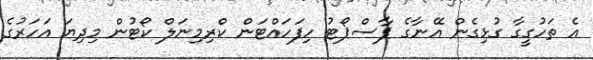
އެ ތަހުގީގާ ގުޅިގެން އޭނާގެ ޕާސްޕޯޓު ހިފަހައްޓަން ކްރިމިނަލް ކޯޓުން މިދިޔަ އަހަރުގެ